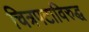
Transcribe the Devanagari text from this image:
चित्रपटाविरुद्ध